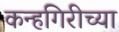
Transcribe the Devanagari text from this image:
कन्हगिरीच्या